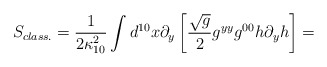
\begin{align*}S_{class.}= \frac{1}{2 \kappa_{10}^{2}} \int d^{10} x \partial_{y}\left[\frac{\sqrt{g}}{2} g^{yy} g^{00} h \partial_{y} h \right]=\end{align*}